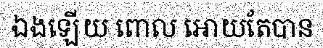
ឯងឡើយ ពោល អោយតែបាន